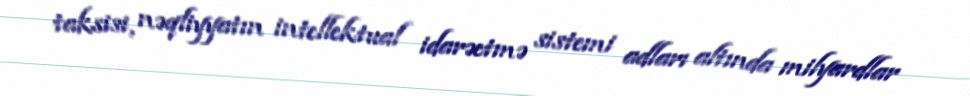
taksisi, nəqliyyatın intellektual idarəetmə sistemi adları altında milyardlar